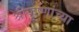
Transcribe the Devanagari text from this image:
श्रीकृष्णांच्या